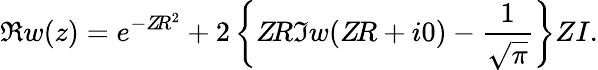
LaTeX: \Re w(z)=e^{-Z\! R^{2}}+2\left\{ Z\! R\Im w(Z\! R+i0)-\frac{1}{\sqrt{\pi}}\right\} ZI.